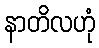
နာတိလဟုံ